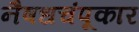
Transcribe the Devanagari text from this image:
नैषधचंपूकार